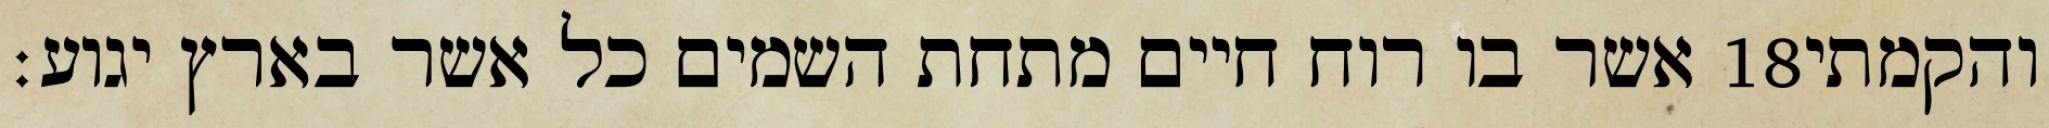
אשר בו רוח חיים מתחת השמים כל אשר בארץ יגוע׃ ‎18‏ והקמתי